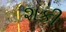
શકી